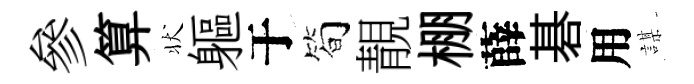
參算状軀于筍靚棚薛碁用謀